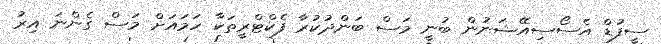
ސީފުޑް އެސޯސިއޭޝަނުން ބުނީ މަސް ބަންދުކުރާ ފެކްޓްރީތަކާ ހަމައަށް މަސް ގެންނަ އިރު